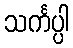
သင်္ကပ္ပါ